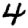
Digit: 4